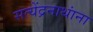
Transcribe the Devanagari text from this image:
सत्येंद्रनाथांना